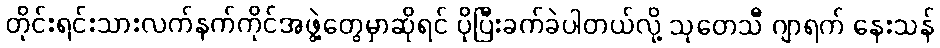
တိုင်းရင်းသားလက်နက်ကိုင်အဖွဲ့တွေမှာဆိုရင် ပိုပြီးခက်ခဲပါတယ်လို့ သုတေသီ ဂျာရက် နေးသန်